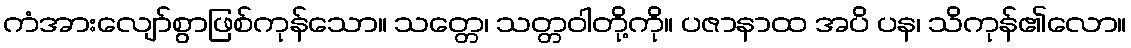
ကံအားလျော်စွာဖြစ်ကုန်သော။ သတ္တေ၊ သတ္တဝါတို့ကို။ ပဇာနာထ အပိ ပန၊ သိကုန်၏လော။